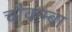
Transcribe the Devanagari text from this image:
चौकम्‍बा